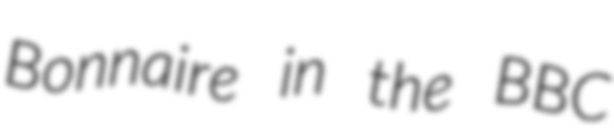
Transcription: Bonnaire in the BBC